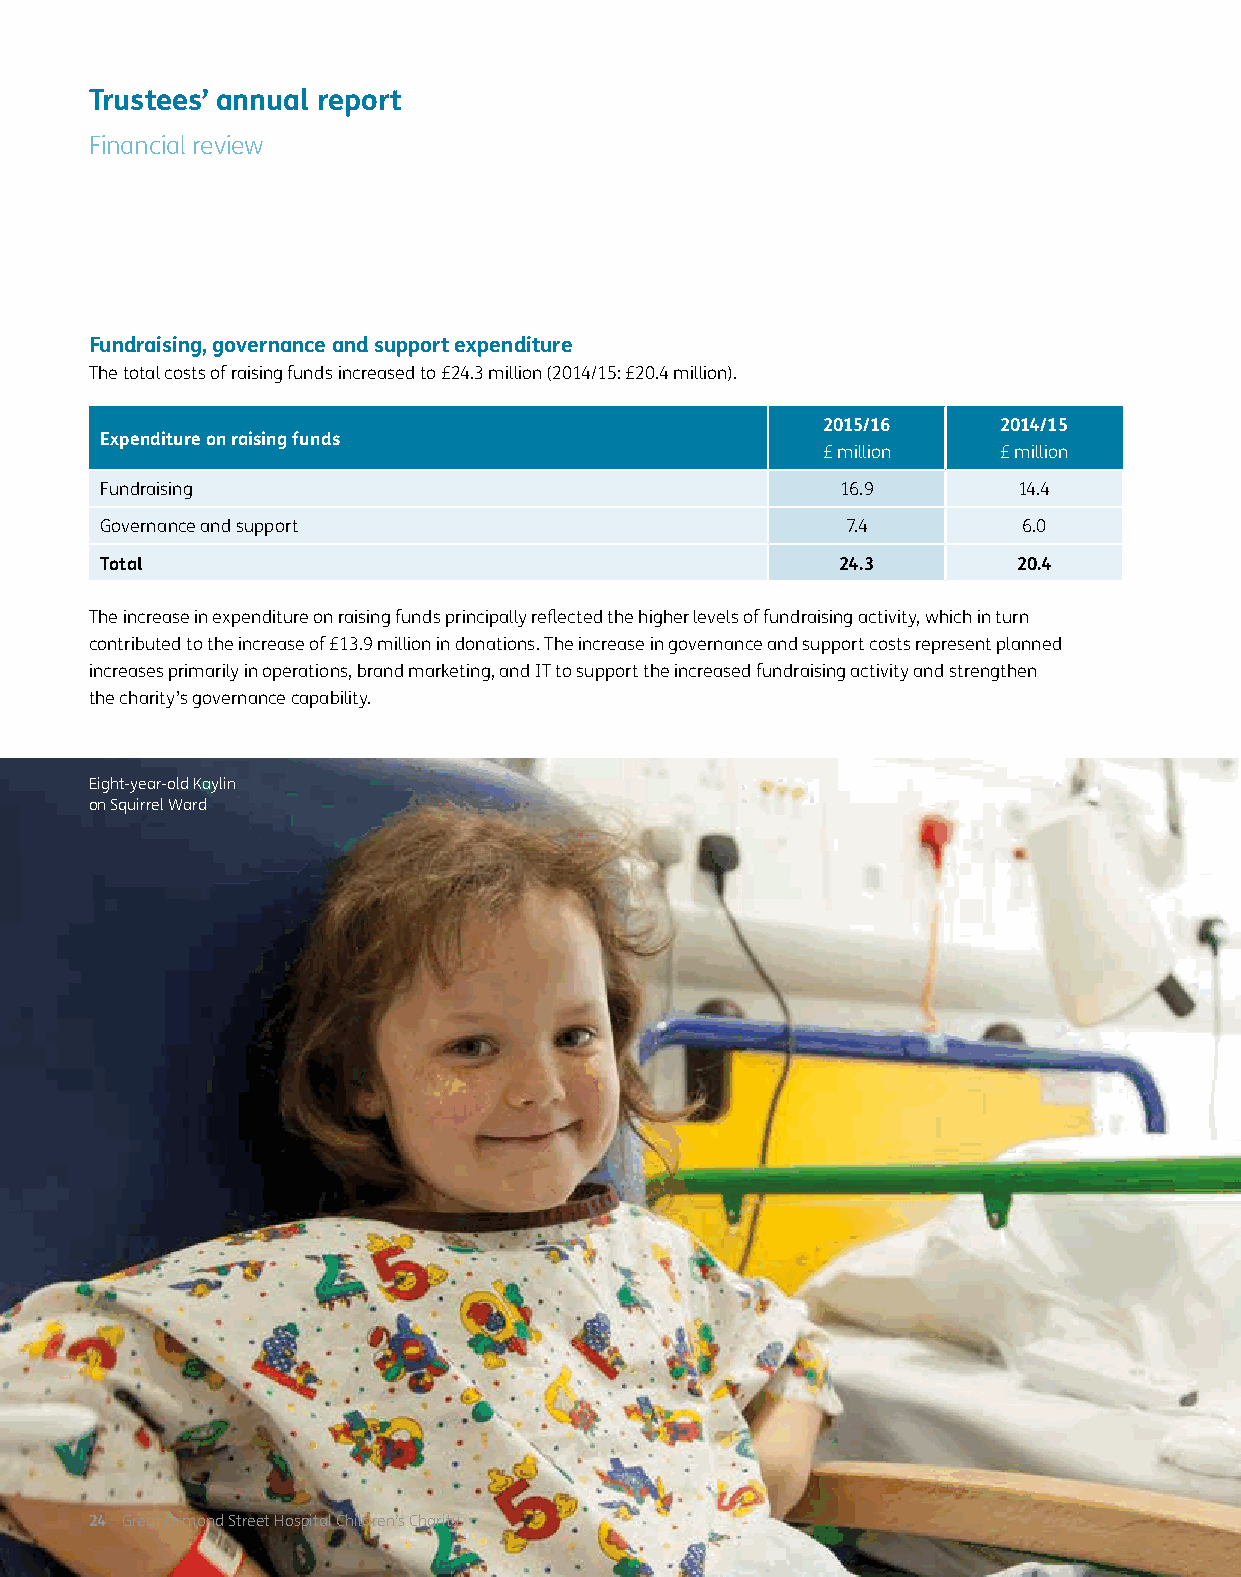
Trustees’ annual report
 Financial review
 Fundraising, governance and support expenditure
 The total costs of raising funds increased to £24.3 million (2014/15: £20.4 million).
 2015/16     2014/15
 Expenditure on raising funds
 £ million   £ million
 Fundraising                                      16.9       14.4
 Governance and support                           7.4         6.0
 Total                                            24.3       20.4
 The increase in expenditure on raising funds principally reflected the higher levels of fundraising activity, which in turn
 contributed to the increase of £13.9 million in donations. The increase in governance and support costs represent planned
 increases primarily in operations, brand marketing, and IT to support the increased fundraising activity and strengthen
 the charity’s governance capability.
 Eight-year-old Kaylin
 on Squirrel Ward
 24 Great Ormond Street Hospital Children’s Charity